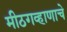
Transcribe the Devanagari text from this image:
मीठगव्हाणाचे